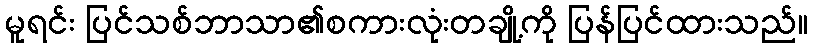
မူရင်း ပြင်သစ်ဘာသာ၏စကားလုံးတချို့ကို ပြန်ပြင်ထားသည်။